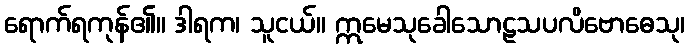
ရောက်ရကုန်၏။ ဒါရက၊ သူငယ်။ ဣမေသုခေါသောဠသပလိဗောဓေသု၊